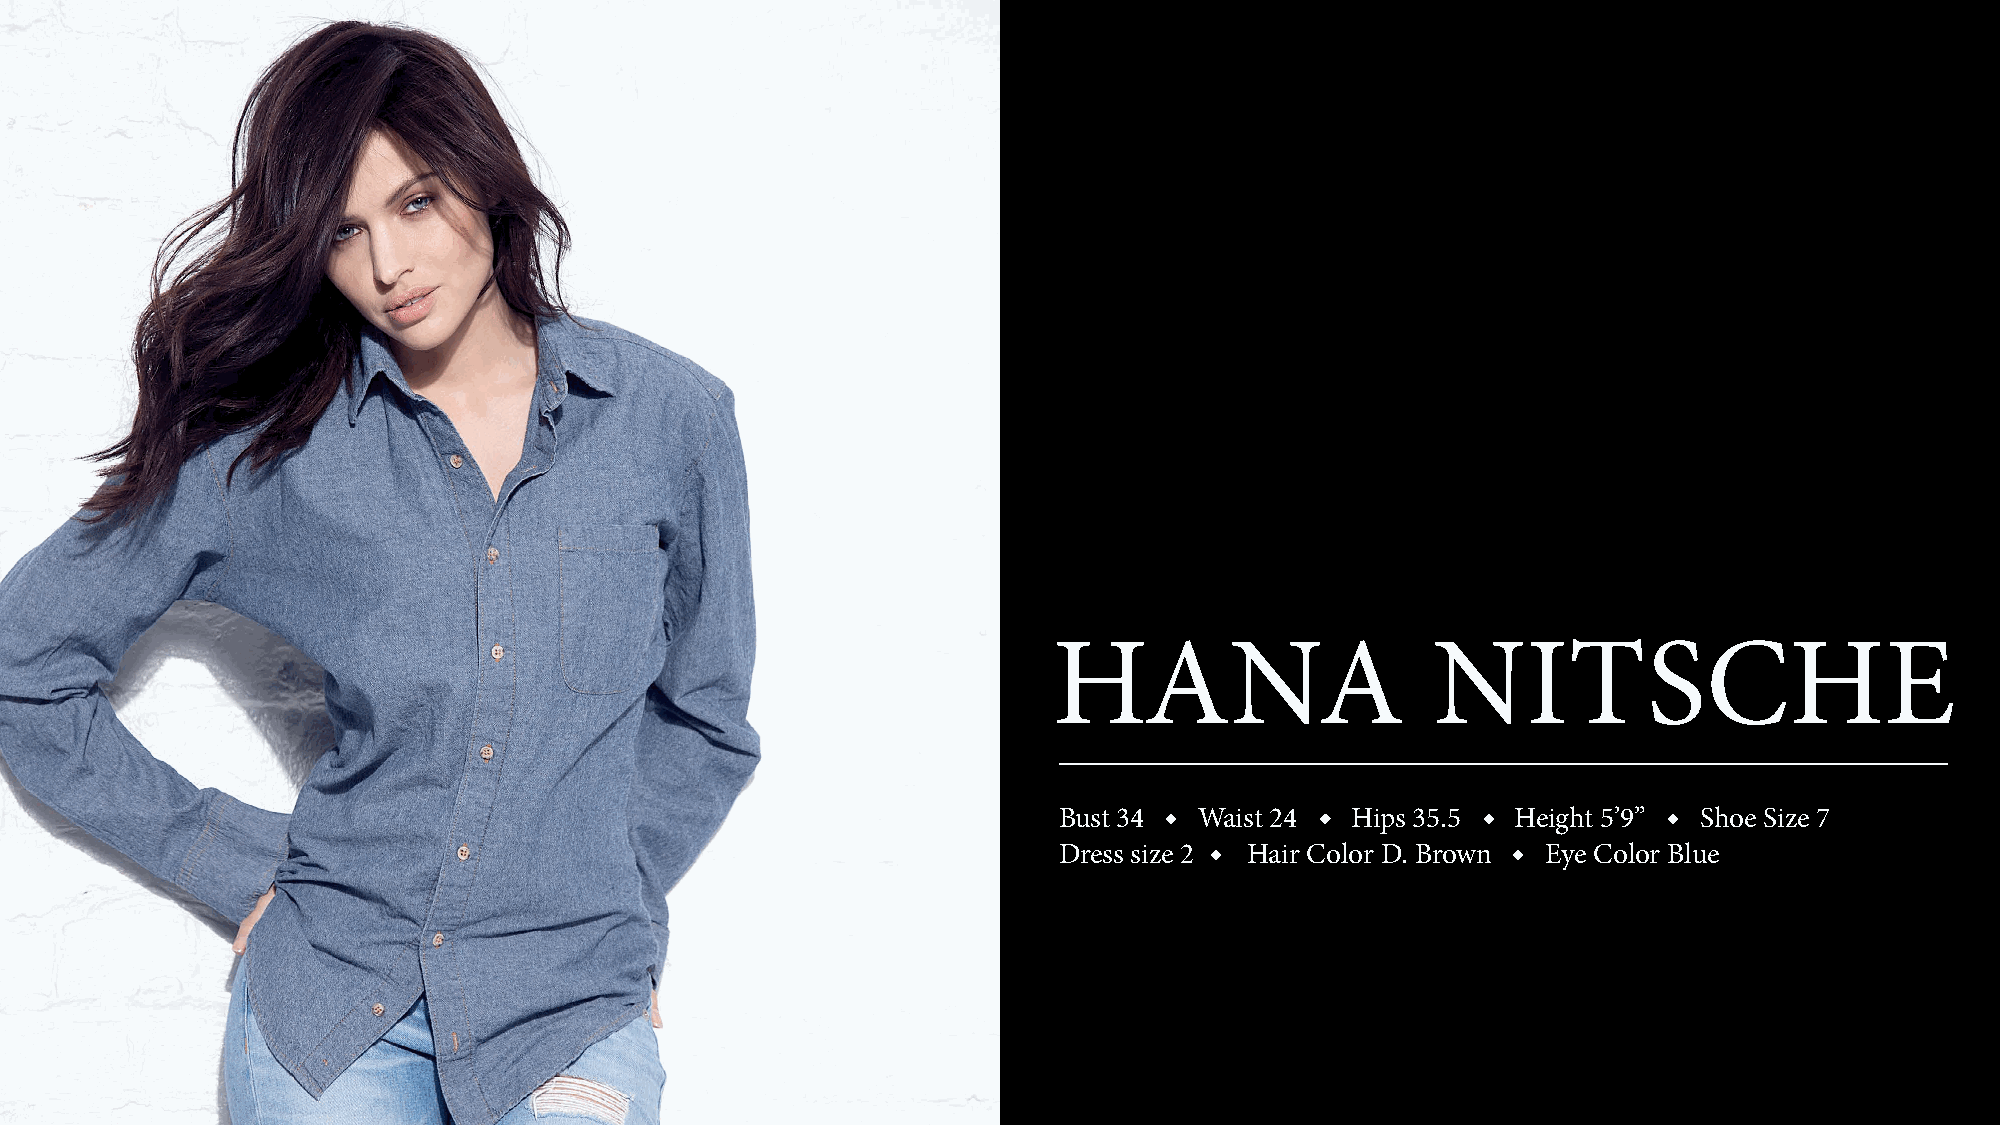
HANA                     NITSCHE
 Bust 34  Waist 24  Hips 35.5  Height 5’9”  Shoe Size 7
 Dress size 2 Hair Color D. Brown Eye Color Blue